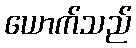
ယောက်သည်